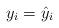
LaTeX: \begin{align*}y_i=\hat{y}_i\end{align*}